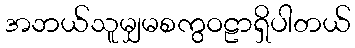
အဘယ်သူမျှမစကွဝဠာရှိပါတယ်